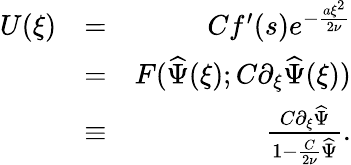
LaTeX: \begin{array}{rlr}{U(\xi)}&{=}&{Cf^{\prime}(s)e^{-\frac{a\xi^{2}}{2\nu}}}\\ &{=}&{F(\widehat{\Psi}(\xi);C\partial_{\xi}\widehat{\Psi}(\xi))}\\ &{\equiv}&{\frac{C\partial_{\xi}\widehat{\Psi}}{1-\frac{C}{2\nu}\widehat{\Psi}}.}\end{array}